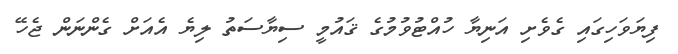
ފިޔަވަހިގައި ގެވެށި އަނިޔާ ހުއްޓުވުމުގެ ޤައުމީ ސިޔާސަތު ލިޔެ އެއަށް ގެންނަން ޖެހޭ